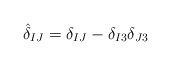
\begin{align*}{\hat\delta}_{IJ} = \delta_{IJ} - \delta_{I3}\delta_{J3}\end{align*}